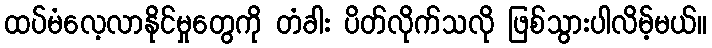
ထပ်မံလေ့လာနိုင်မှုတွေကို တံခါး ပိတ်လိုက်သလို ဖြစ်သွားပါလိမ့်မယ်။